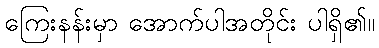
ကြေးနန်းမှာ အောက်ပါအတိုင်း ပါရှိ၏။